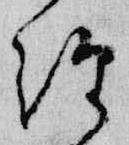
経